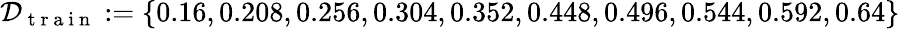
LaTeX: \mathcal{D}_{\mathrm{~t~r~a~i~n~}}:=\{ 0.16,0.208,0.256,0.304,0.352,0.448,0.496,0.544,0.592,0.64\}